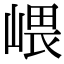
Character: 㟪